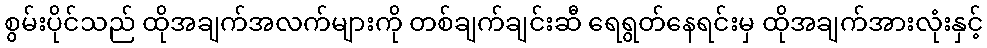
စွမ်းပိုင်သည် ထိုအချက်အလက်များကို တစ်ချက်ချင်းဆီ ရေရွတ်နေရင်းမှ ထိုအချက်အားလုံးနှင့်